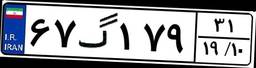
۶۷گ۱۷۹۳۱